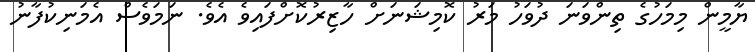
ޔާމީން މިމަހުގެ ތިންވަނަ ދުވަހު މަރު ކޮމިޝަނަށް ހާޒިރުކޮށްފައިވެ އެވެ. ނަމަވެސް އެމަނިކުފާނު